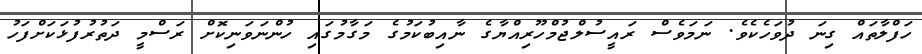
ހަފްލާތައް ގިނަ ދުވަހެކެވެ. ނަމަވެސް ރައީސުލްޖުމްހޫރިއްޔާގެ ނާއިބުކަމުގެ މަގާމުގައި ހުންނަވަނިކޮށް ރަސްމީ ދަތުރުފުޅަކަށްފަހު